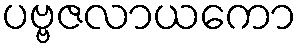
ပဗ္ဗဇလာယကော